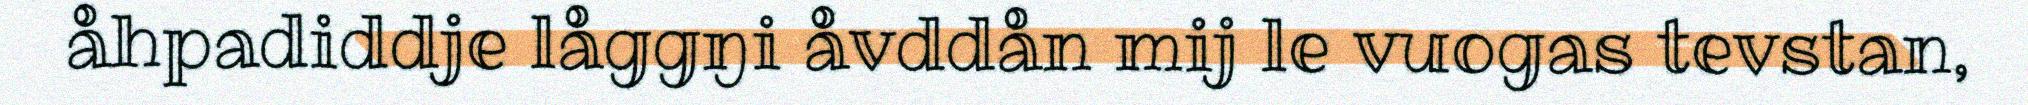
åhpadiddje låggŋi åvddån mij le vuogas tevstan,